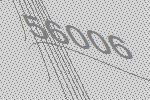
56006